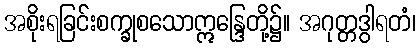
အစိုးရခြင်းစက္ခုစသောဣန္ဒြေတို့၌။ အဂုတ္တဒွါရတံ၊